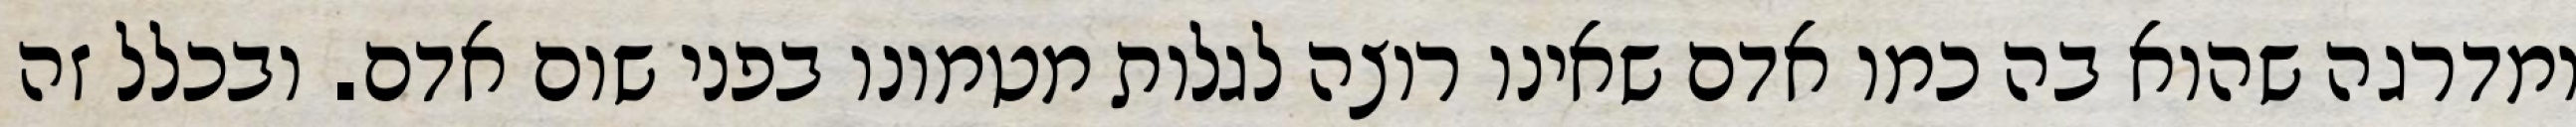
ומדרגה שהוא בה כמו אדם שאינו רוצה לגלות מטמונו בפני שום אדם. ובכלל זה